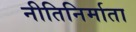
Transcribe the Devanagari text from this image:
नीतिनिर्माता